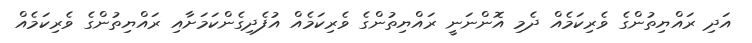
އަދި ރައްޔިތުންގެ ވެރިކަމެއް ދެމި އޮންނަނީ ރައްޔިތުންގެ ވެރިކަމެއް އުފެދިގެންކަމަށާއި ރައްޔިތުންގެ ވެރިކަމެއް